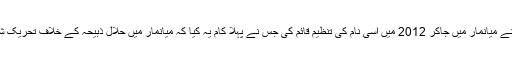
سری لنکا کی دہشت گرد تنظیم ’بودھ بالا سینا ‘ نے میانمار میں جاکر 2012 میں اسی نام کی تنظیم قائم کی جس نے پہلا کام یہ کیا کہ میانمار میں حلال ذبیحہ کے خلاف تحریک شروع کی اور با لاخر اسے بند کرا کے ہی دم لیا۔